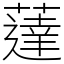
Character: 薘